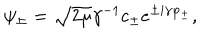
\psi _ { \pm } = \sqrt { 2 \mu } \gamma ^ { - 1 } c _ { \pm } e ^ { \pm i \gamma \varphi _ { \pm } } ,